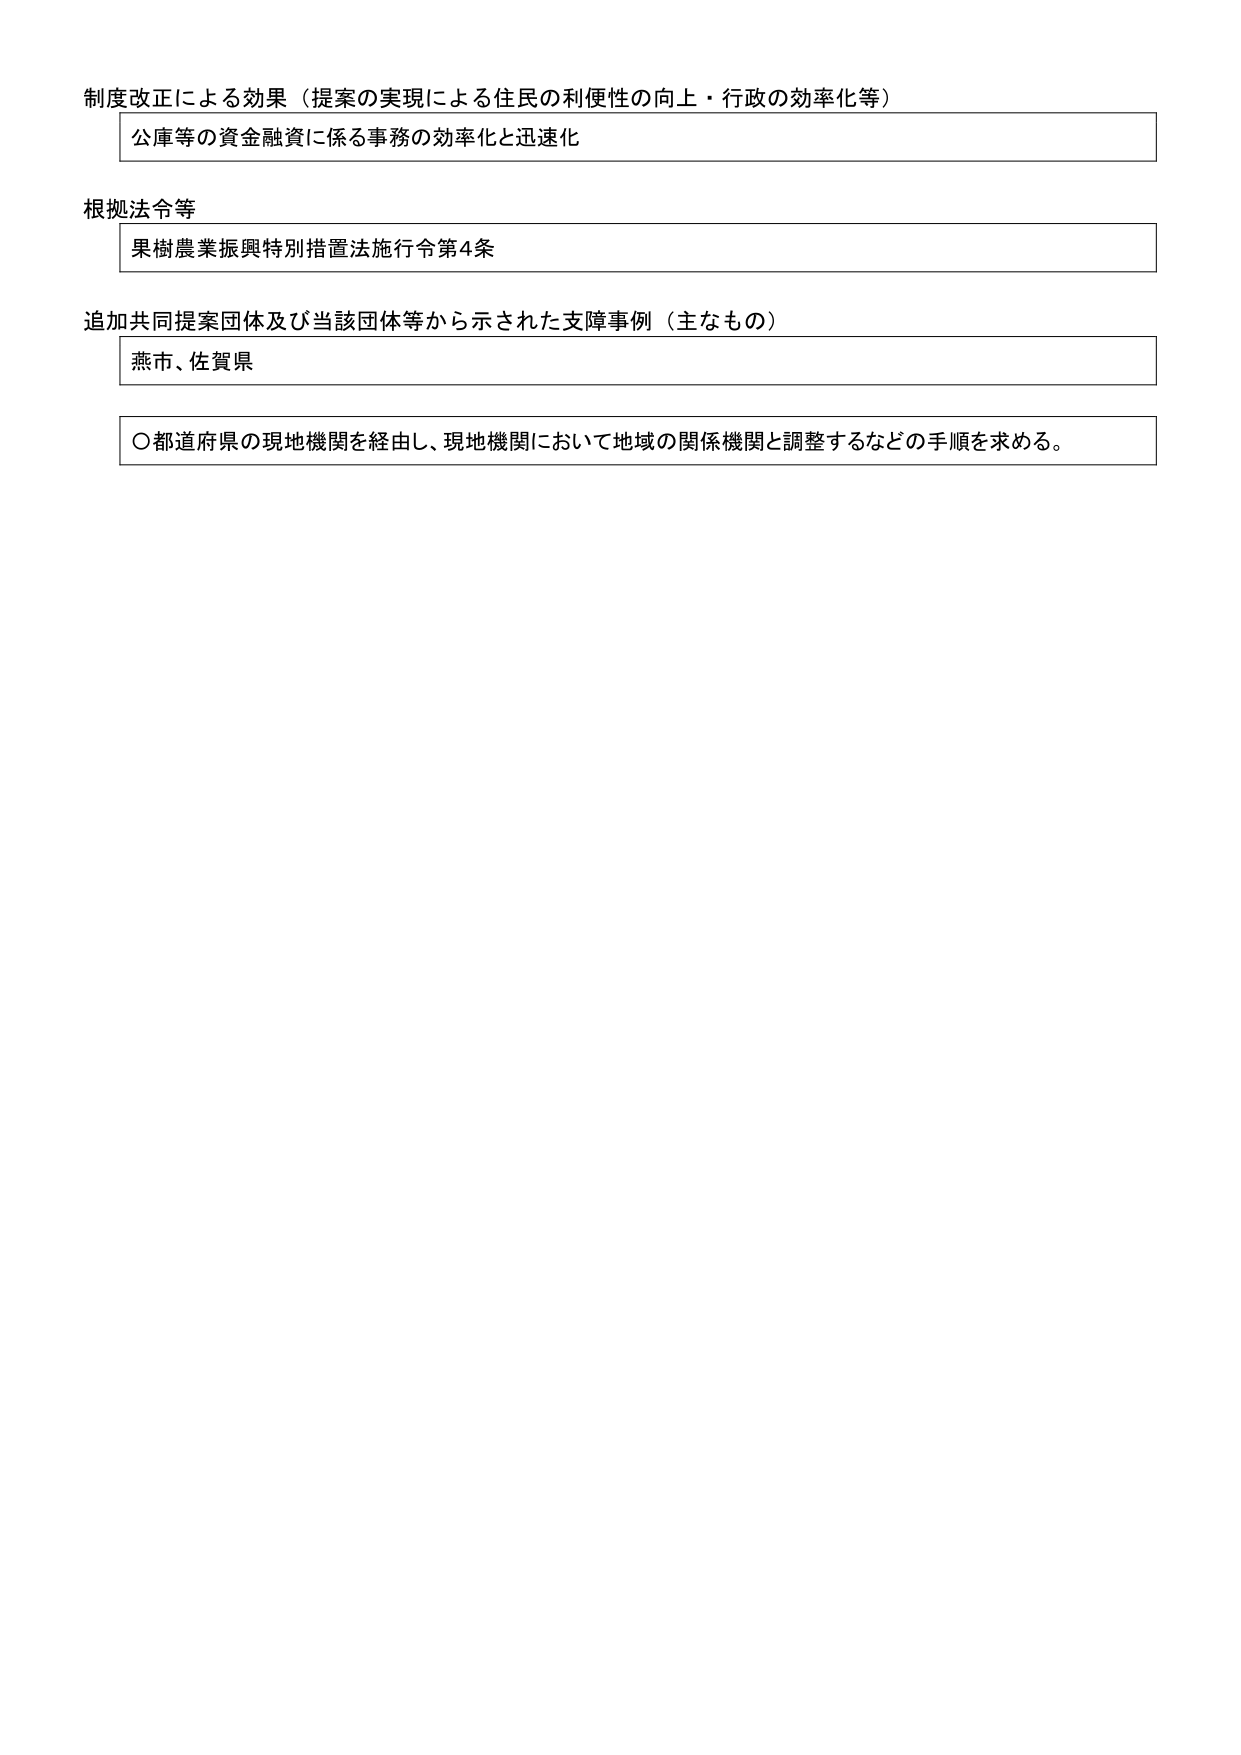
制度改正による効果（提案の実現による住民の利便性の向上・行政の効率化等）
公庫等の資金融資に係る事務の効率化と迅速化

根拠法令等
果樹農業振興特別措置法施行令第4条

追加共同提案団体及び当該団体等から示された支障事例（主なもの）
燕市、佐賀県

〇都道府県の現地機関を経由し、現地機関において地域の関係機関と調整するなどの手順を求める。